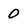
Character: 0